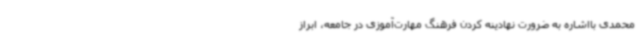
محمدی بااشاره به ضرورت نهادینه کردن فرهنگ مهارت‌آموزی در جامعه، ابراز